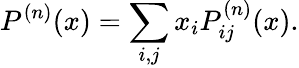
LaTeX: P^{(n)}(x)=\sum_{i,j}x_{i}P_{ij}^{(n)}(x).